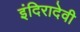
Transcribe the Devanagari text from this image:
इंदिरादेवी